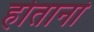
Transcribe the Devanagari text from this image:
होतानां